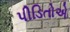
પીડિતોએ